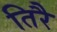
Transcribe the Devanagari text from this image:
तिरै